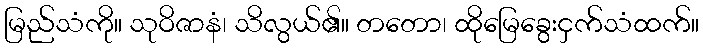
မြည်သံကို။ သုဝိဇာနံ၊ သိလွယ်၏။ တတော၊ ထိုမြေခွေးငှက်သံထက်။